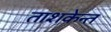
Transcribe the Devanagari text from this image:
ताशकेन्त